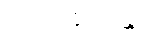
သမ္ပာယိဿန္တိ